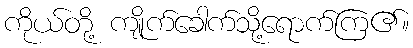
ကိုယ်တို့ ကျိုက်ခေါက်သို့ရောက်ကြ၏။